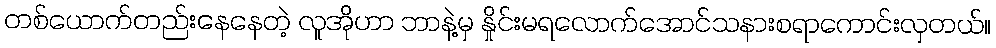
တစ်ယောက်တည်းနေနေတဲ့ လူအိုဟာ ဘာနဲ့မှ နှိုင်းမရလောက်အောင်သနားစရာကောင်းလှတယ်။